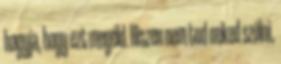
hagyja, hogy ezt megéld. Hiszen nem tud neked szólni,